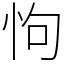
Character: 怐